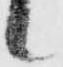
候